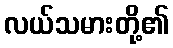
လယ်သမားတို့၏